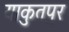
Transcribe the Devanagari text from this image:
याकुतपुर